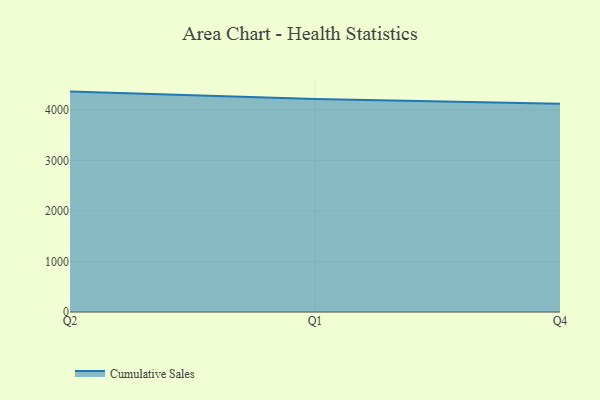
{"axis": {"x": "Quarter", "y": "Satisfaction Score"}, "legend": ["Cumulative Sales"], "data": [{"x": "Q2", "y": 4363.3, "type": "Cumulative Sales"}, {"x": "Q1", "y": 4219.0, "type": "Cumulative Sales"}, {"x": "Q4", "y": 4123.9, "type": "Cumulative Sales"}]}